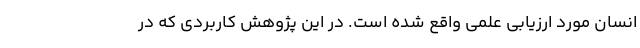
انسان مورد ارزیابی علمی واقع شده است. در این پژوهش کاربردی که در